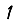
Digit: 1